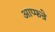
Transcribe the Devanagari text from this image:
आप्फन्रे